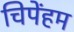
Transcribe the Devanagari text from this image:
चिपेंहम